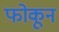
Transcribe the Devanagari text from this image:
फोकून